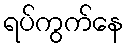
ရပ်ကွက်နေ